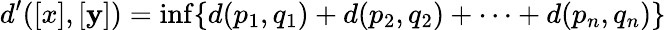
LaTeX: d^{\prime}([x],[\mathbf{y}])=\operatorname*{inf}\{ d(p_{1},q_{1})+d(p_{2},q_{2})+\dotsb+d(p_{n},q_{n})\}